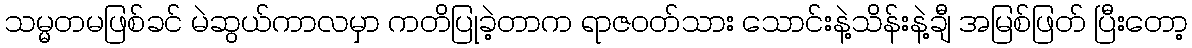
သမ္မတမဖြစ်ခင် မဲဆွယ်ကာလမှာ ကတိပြုခဲ့တာက ရာဇဝတ်သား သောင်းနဲ့သိန်းနဲ့ချီ အမြစ်ဖြတ် ပြီးတော့